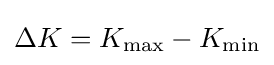
\Delta K=K_{\max }-K_{\min }